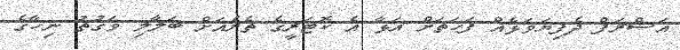
އަޝްރަފް ދެފިޔަވަޅެއް ފަހަތަށް އަޅާ އެ ކޮޓަރީގެ ތެރެއަށް ބަލާލި ވަގުތު ނިހާގެ